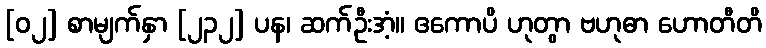
[၀၂] စာမျက်နှာ [၂၃၂] ပန၊ ဆက်ဦးအံ့။ ဧကောပိ ဟုတွာ ဗဟုဓာ ဟောတီတိ